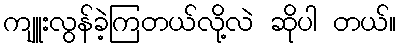
ကျူးလွန်ခဲ့ကြတယ်လို့လဲ ဆိုပါ တယ်။